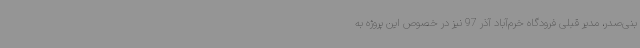
بنی‌صدر، مدیر قبلی فرودگاه خرم‌آباد آذر 97 نیز در خصوص این پروژه به